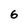
Character: 6